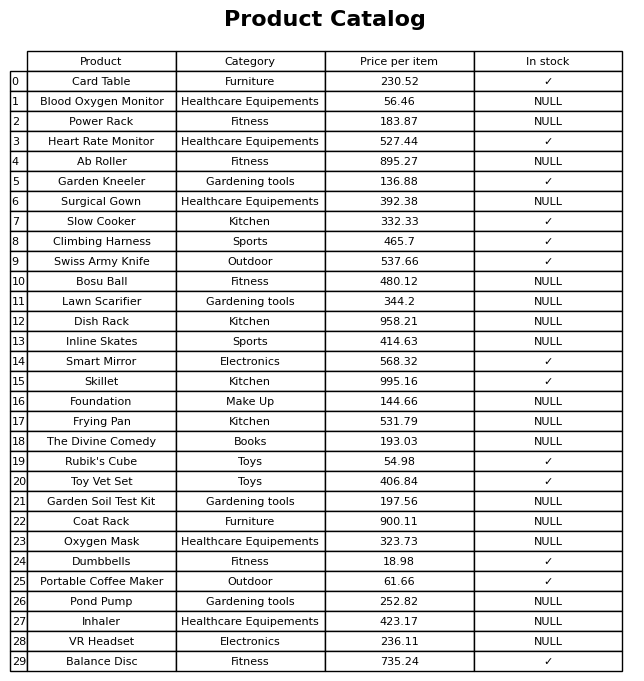
question: Is the Bosu Ball in stock?
answer: NULL